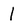
Character: 1